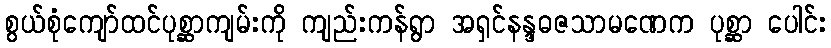
စွယ်စုံကျော်ထင်ပုစ္ဆာကျမ်းကို ကျည်းကန်ရွာ အရှင်နန္ဒဓဇသာမဏေက ပုစ္ဆာ ပေါင်း